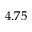
4 . 7 5